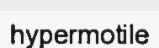
hypermotile